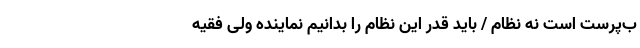
ب‌پرست است نه نظام / باید قدر این نظام را بدانیم نماینده ولی فقیه